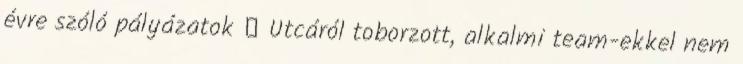
évre szóló pályázatok  Utcáról toborzott, alkalmi team-ekkel nem